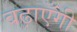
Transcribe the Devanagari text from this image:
बढ़ाएँगी